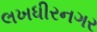
લખધીરનગર